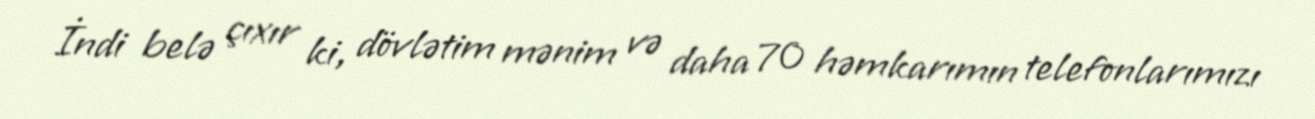
İndi belə çıxır ki, dövlətim mənim və daha 70 həmkarımın telefonlarımızı